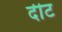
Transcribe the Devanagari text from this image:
दीट